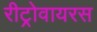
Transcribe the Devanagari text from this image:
रीट्रोवायरस